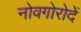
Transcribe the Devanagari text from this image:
नोवगोरोदें